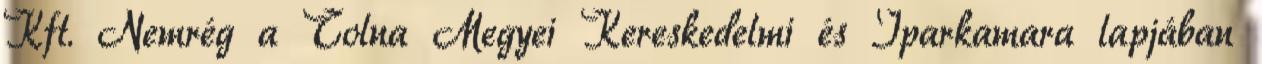
Kft. Nemrég a Tolna Megyei Kereskedelmi és Iparkamara lapjában